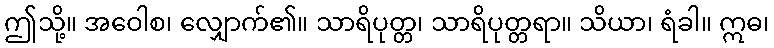
ဤသို့။ အဝေါစ၊ လျှောက်၏။ သာရိပုတ္တ၊ သာရိပုတ္တရာ။ သိယာ၊ ရံခါ။ ဣဓ၊